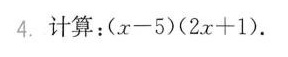
4. 计算：（x-5)(2x+1).